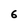
Character: 6